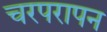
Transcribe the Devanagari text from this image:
चरपरापन